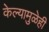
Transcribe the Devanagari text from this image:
केल्यामुळेही